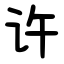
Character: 许